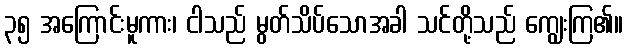
၃၅ အကြောင်းမူကား၊ ငါသည် မွတ်သိပ်သောအခါ သင်တို့သည် ကျွေးကြ၏။